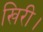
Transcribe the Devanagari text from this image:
खिरी।